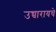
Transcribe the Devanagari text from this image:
उच्चारायचे